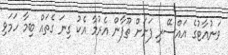
ވަނުއާޓުގެ އައްސޭރި ފަށަށް ތޫފާން އެރުމާ އެކު ގިނަ ގެތައް ބިމާ ހަމަވި